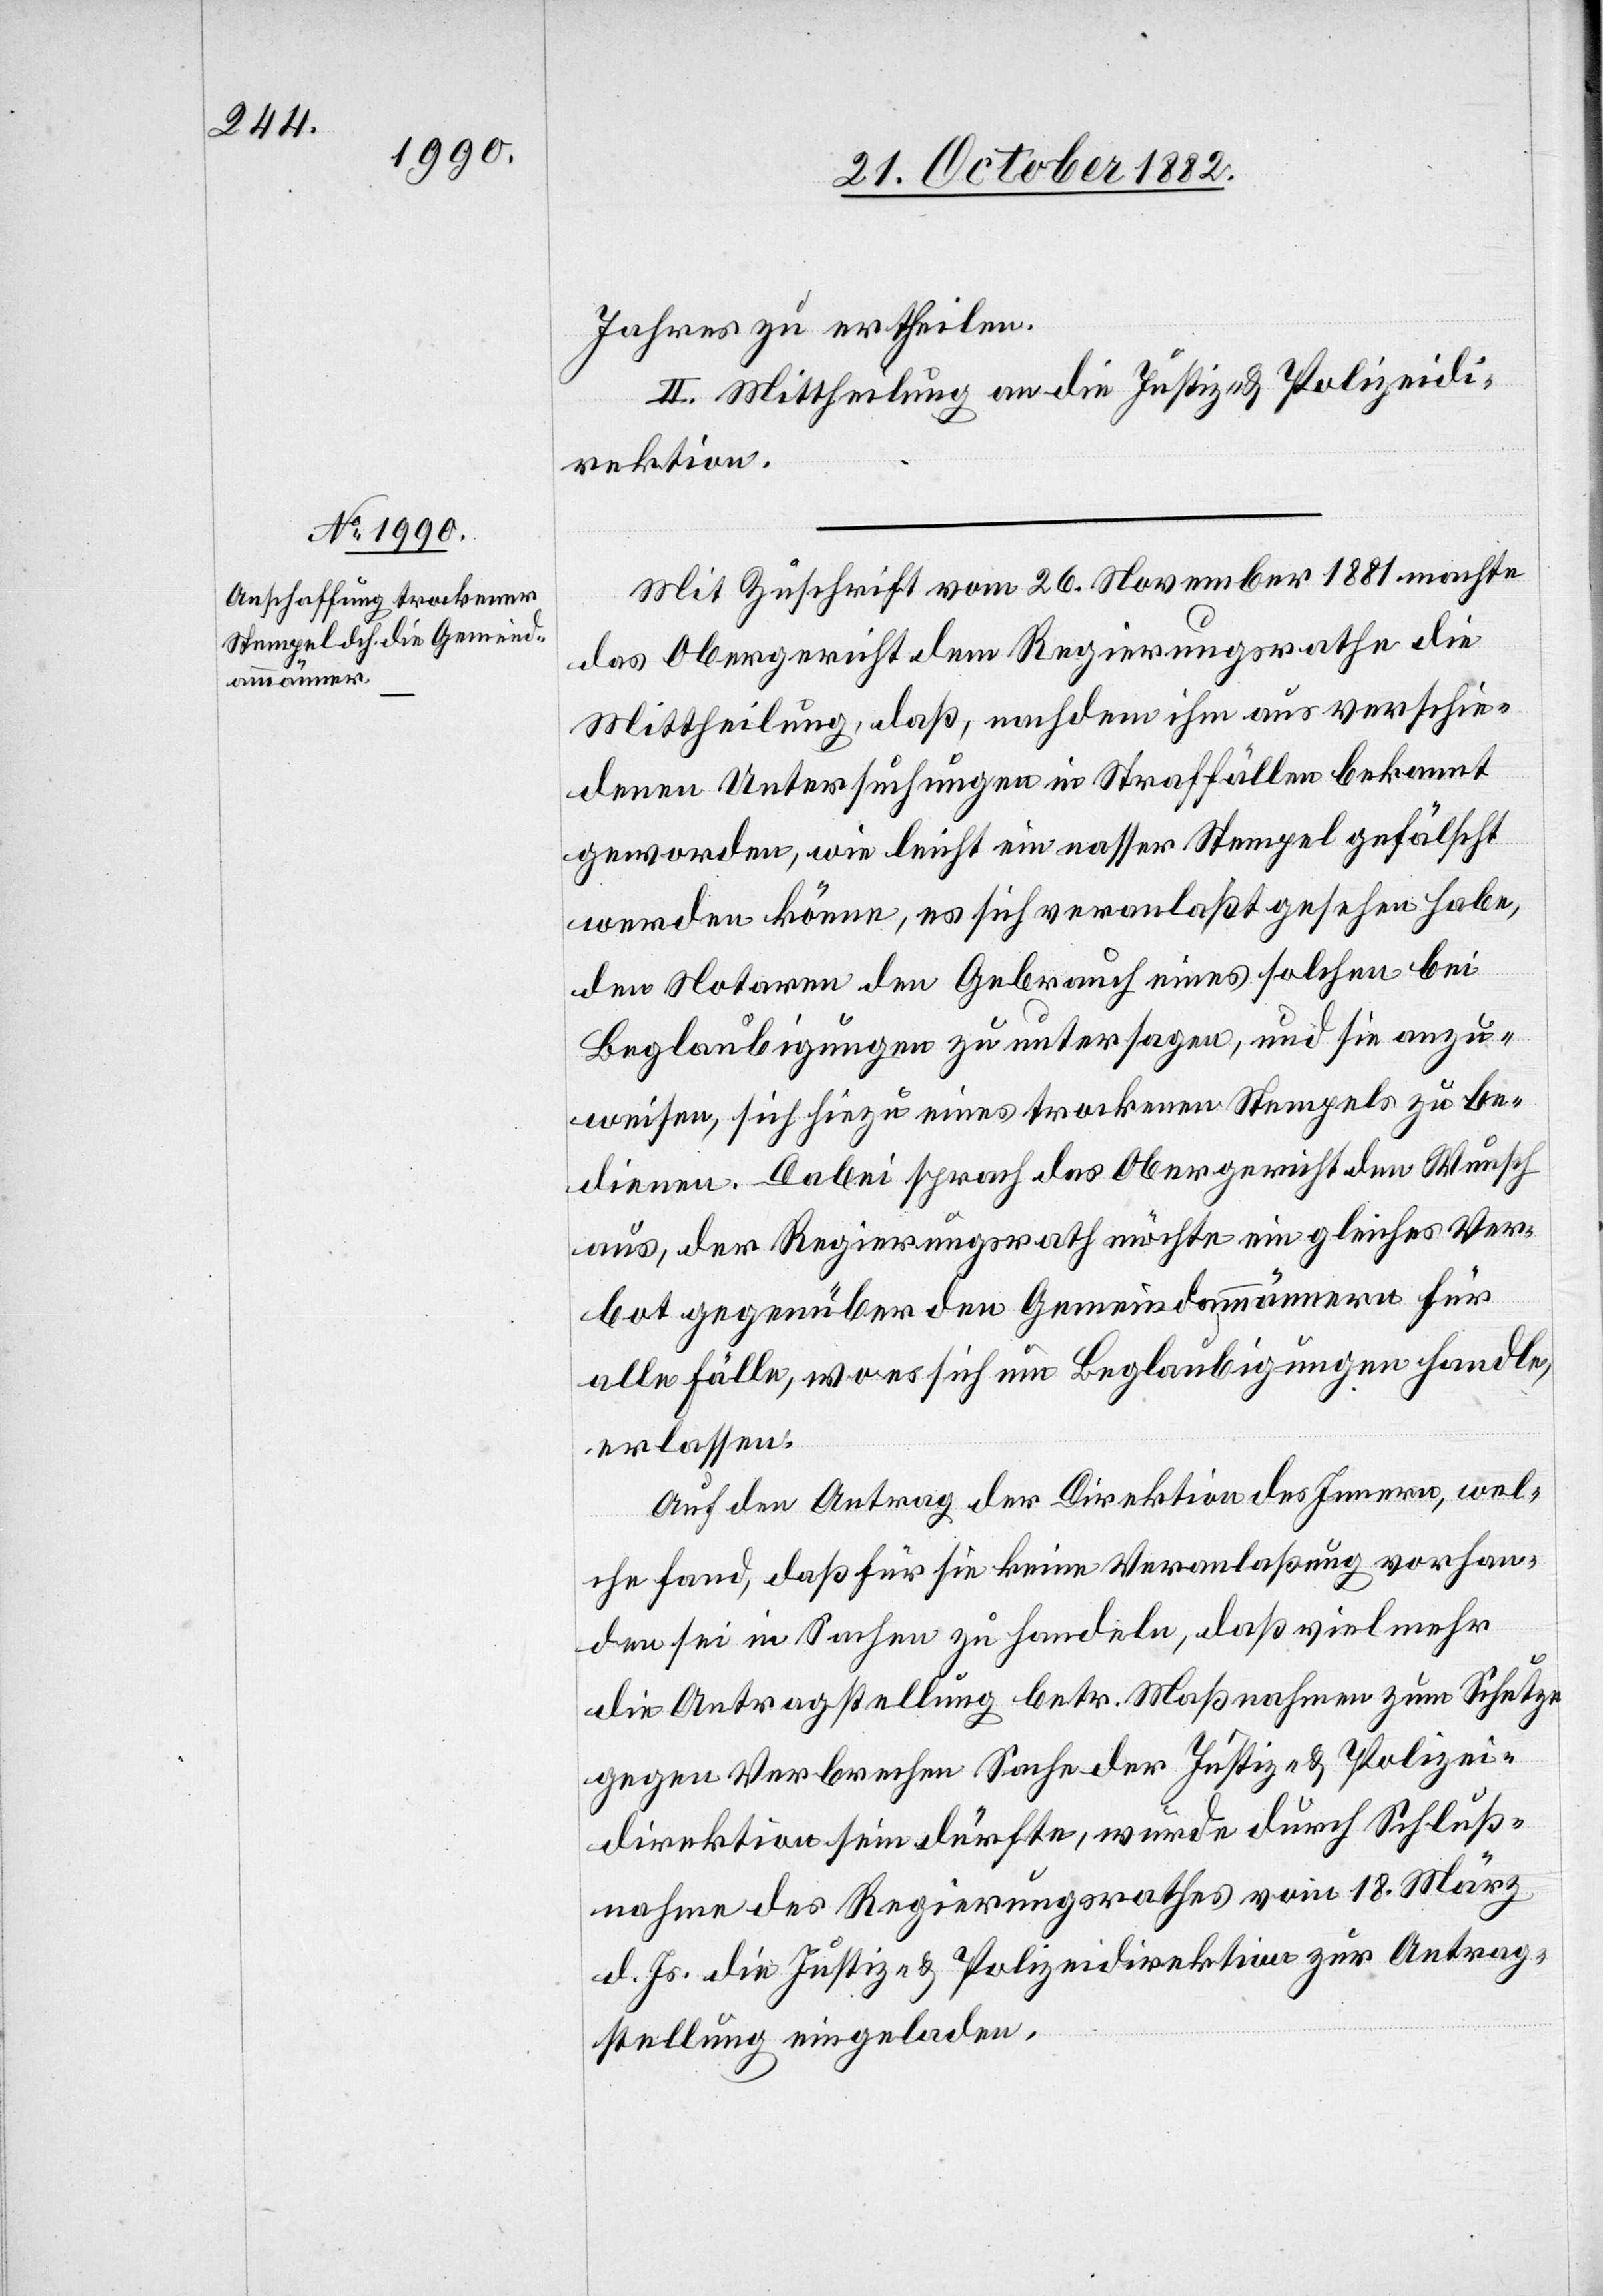
Jahres zu ertheilen.
II. Mittheilung an die Justiz- & Polizeidi¬
rektion.
Mit Zuschrift vom 26. November 1881 machte
das Obergericht dem Regierungsrathe die
Mittheilung, daß, nachdem ihm aus verschie¬
denen Untersuchungen in Straffällen bekannt
geworden, wie leicht ein nasser Stempel gefälscht
werden könne, es sich veranlaßt gesehen habe,
den Notaren den Gebrauch eines solchen bei
Beglaubigungen zu untersagen, und sie anzu¬
weisen, sich hiezu eines trockenen Stempels zu be¬
dienen. Dabei sprach das Obergericht den Wunsch
aus, der Regierungsrath möchte ein gleiches Ver¬
bot gegenüber den Gemeindammännern für
alle Fälle, wo es sich um Beglaubigungen handle,
erlassen.
Auf den Antrag der Direktion des Innern, wel¬
che fand, daß für sie keine Veranlaßung vorhan¬
den sei in Sachen zu handeln, daß vielmehr
die Antragstellung betr. Maßnahmen zum Schutze
gegen Verbrechen Sache der Justiz- & Polizei¬
direktion sein dürfte, wurde durch Schluß¬
nahme des Regierungsrathes vom 18. März
d. Js. die Justiz- & Polizeidirektion zur Antrag¬
stellung eingeladen.